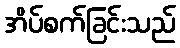
အိပ်စက်ခြင်းသည်